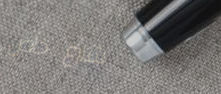
شارع خاص